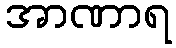
အာဏာရ